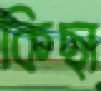
কিছা